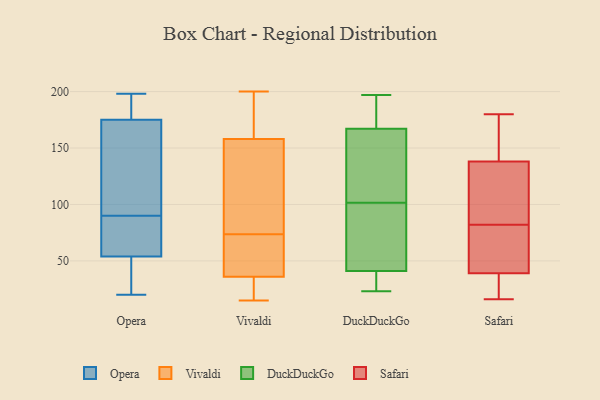
{"axis": {"x": "Gross Profit (USD K)", "y": "Value"}, "legend": ["DuckDuckGo", "Opera", "Safari", "Vivaldi"], "data": [{"x": "", "y": 182, "type": "Opera"}, {"x": "", "y": 175, "type": "Opera"}, {"x": "", "y": 189, "type": "Opera"}, {"x": "", "y": 77, "type": "Opera"}, {"x": "", "y": 28, "type": "Opera"}, {"x": "", "y": 94, "type": "Opera"}, {"x": "", "y": 198, "type": "Opera"}, {"x": "", "y": 20, "type": "Opera"}, {"x": "", "y": 38, "type": "Opera"}, {"x": "", "y": 111, "type": "Opera"}, {"x": "", "y": 129, "type": "Opera"}, {"x": "", "y": 54, "type": "Opera"}, {"x": "", "y": 70, "type": "Opera"}, {"x": "", "y": 86, "type": "Opera"}, {"x": "", "y": 27, "type": "Opera"}, {"x": "", "y": 133, "type": "Opera"}, {"x": "", "y": 62, "type": "Opera"}, {"x": "", "y": 190, "type": "Opera"}, {"x": "", "y": 158, "type": "Vivaldi"}, {"x": "", "y": 34, "type": "Vivaldi"}, {"x": "", "y": 35, "type": "Vivaldi"}, {"x": "", "y": 63, "type": "Vivaldi"}, {"x": "", "y": 84, "type": "Vivaldi"}, {"x": "", "y": 200, "type": "Vivaldi"}, {"x": "", "y": 146, "type": "Vivaldi"}, {"x": "", "y": 63, "type": "Vivaldi"}, {"x": "", "y": 15, "type": "Vivaldi"}, {"x": "", "y": 180, "type": "Vivaldi"}, {"x": "", "y": 191, "type": "Vivaldi"}, {"x": "", "y": 18, "type": "Vivaldi"}, {"x": "", "y": 149, "type": "Vivaldi"}, {"x": "", "y": 151, "type": "Vivaldi"}, {"x": "", "y": 36, "type": "Vivaldi"}, {"x": "", "y": 159, "type": "Vivaldi"}, {"x": "", "y": 58, "type": "Vivaldi"}, {"x": "", "y": 57, "type": "Vivaldi"}, {"x": "", "y": 41, "type": "DuckDuckGo"}, {"x": "", "y": 91, "type": "DuckDuckGo"}, {"x": "", "y": 112, "type": "DuckDuckGo"}, {"x": "", "y": 28, "type": "DuckDuckGo"}, {"x": "", "y": 35, "type": "DuckDuckGo"}, {"x": "", "y": 41, "type": "DuckDuckGo"}, {"x": "", "y": 197, "type": "DuckDuckGo"}, {"x": "", "y": 47, "type": "DuckDuckGo"}, {"x": "", "y": 121, "type": "DuckDuckGo"}, {"x": "", "y": 179, "type": "DuckDuckGo"}, {"x": "", "y": 166, "type": "DuckDuckGo"}, {"x": "", "y": 23, "type": "DuckDuckGo"}, {"x": "", "y": 168, "type": "DuckDuckGo"}, {"x": "", "y": 125, "type": "DuckDuckGo"}, {"x": "", "y": 51, "type": "DuckDuckGo"}, {"x": "", "y": 185, "type": "DuckDuckGo"}, {"x": "", "y": 98, "type": "Safari"}, {"x": "", "y": 16, "type": "Safari"}, {"x": "", "y": 151, "type": "Safari"}, {"x": "", "y": 180, "type": "Safari"}, {"x": "", "y": 138, "type": "Safari"}, {"x": "", "y": 39, "type": "Safari"}, {"x": "", "y": 116, "type": "Safari"}, {"x": "", "y": 66, "type": "Safari"}, {"x": "", "y": 60, "type": "Safari"}, {"x": "", "y": 20, "type": "Safari"}]}